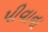
પીવાના